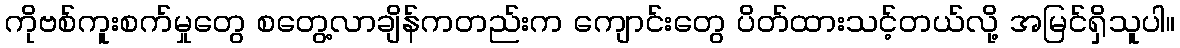
ကိုဗစ်ကူးစက်မှုတွေ စတွေ့လာချိန်ကတည်းက ကျောင်းတွေ ပိတ်ထားသင့်တယ်လို့ အမြင်ရှိသူပါ။